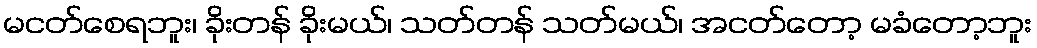
မငတ်စေရဘူး၊ ခိုးတန် ခိုးမယ်၊ သတ်တန် သတ်မယ်၊ အငတ်တော့ မခံတော့ဘူး